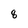
Character: 8